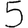
Digit: 5